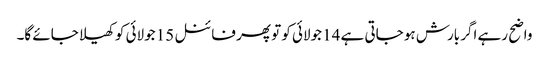
واضح رہے اگر بارش ہو جاتی ہے 14 جولائی کو تو پھر فائنل 15 جولائی کو کھیلا جائے گا۔